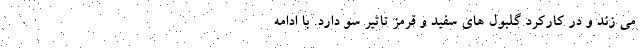
می زند و در کارکرد گلبول های سفید و قرمز تاثیر سو دارد. با ادامه